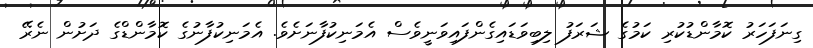
ގިނަފަހަރު ކޮމާންޑުކުރި ކަމުގެ ޝަރަފު ލިބިވަޑައިގެންފައިވަނީވެސް އެމަނިކުފާނަށެވެ. އެމަނިކުފާނުގެ ކޮމާންޑްގެ ދަށުން ނެރޭ